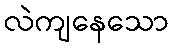
လဲကျနေသော